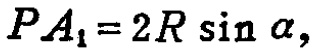
\[PA_{1}=2R\sin\alpha,\]